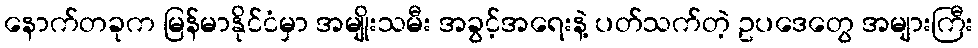
နောက်တခုက မြန်မာနိုင်ငံမှာ အမျိုးသမီး အခွင့်အရေးနဲ့ ပတ်သက်တဲ့ ဥပဒေတွေ အများကြီး